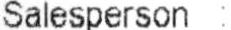
SALESPERSON :